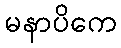
မနာပိကေ